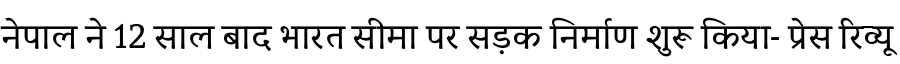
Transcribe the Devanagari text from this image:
नेपाल ने 12 साल बाद भारत सीमा पर सड़क निर्माण शुरू किया- प्रेस रिव्यू